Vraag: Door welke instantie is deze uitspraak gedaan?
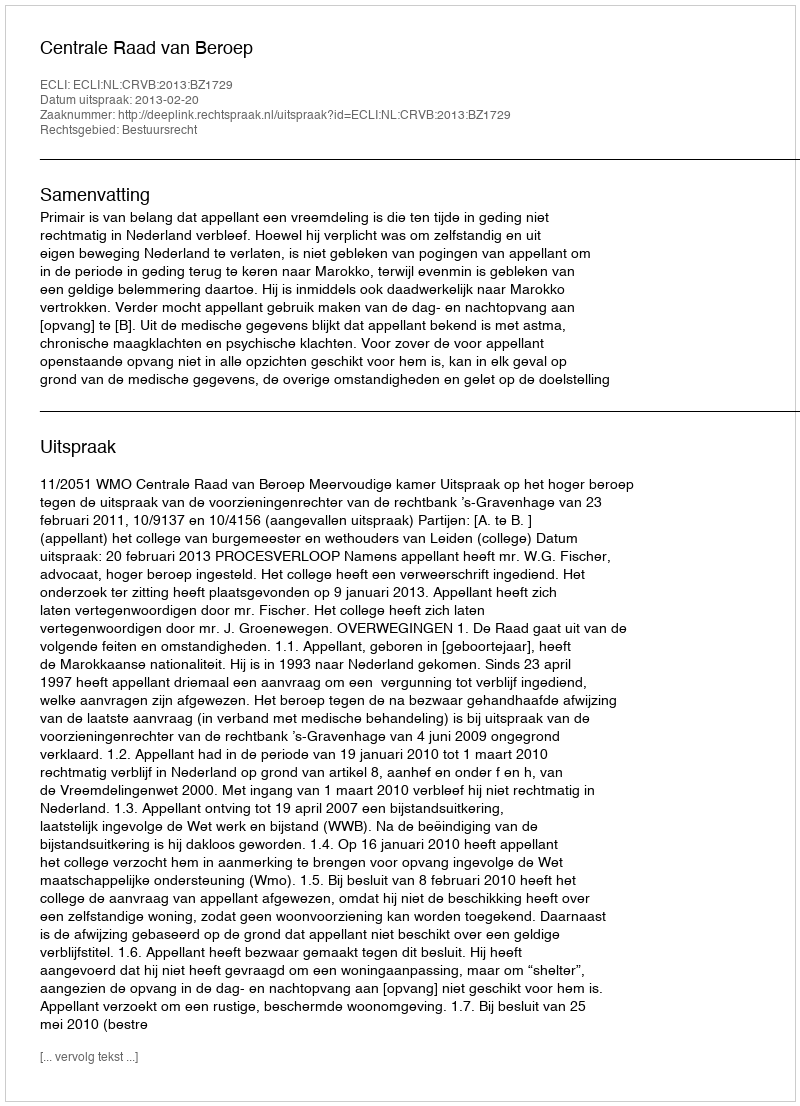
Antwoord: Centrale Raad van Beroep